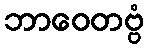
ဘာဝေတဗ္ဗံ